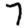
Digit: 7